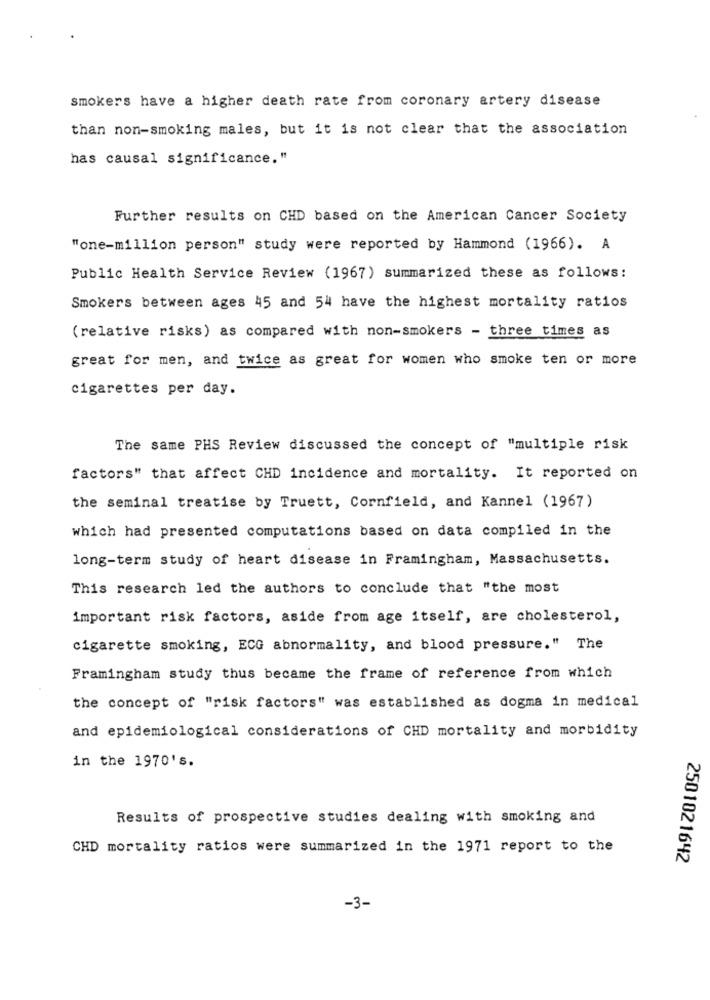
smokers have a higher death rate from coronary artery disease
than non-smoking males, but it is not clear that the association
has causal significance."
Further results on CHD based on the American Cancer Society
"one-million person" study were reported by Hammond (1966). A
Public Health Service Review (1967) summarized these as follows:
Smokers between ages 45 and 54 have the highest mortality ratios
(relative risks) as compared with non-smokers - three times as
great for men, and twice as great for women who smoke ten or more
cigarettes per day.
The same PHS Review discussed the concept of "multiple risk
factors" that affect CHD incidence and mortality. It reported on
the seminal treatise by Truett, Cornfield, and Kannel (1967)
which had presented computations based on data compiled in the
long-term study of heart disease in Framingham, Massachusetts.
This research led the authors to conclude that "the most
important risk factors, aside from age itself, are cholesterol,
cigarette smoking, ECG abnormality, and blood pressure." The
Framingham study thus became the frame of reference from which
the concept of "risk factors" was established as dogma in medical
and epidemiological considerations of CHD mortality and morbidity
in the 1970's.
Results of prospective studies dealing with smoking and
CHD mortality ratios were summarized in the 1971 report to the
2501021642
-3-